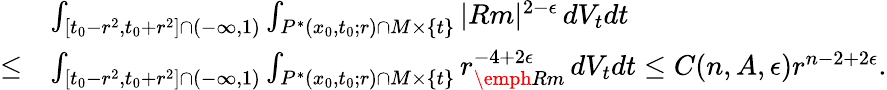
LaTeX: \begin{array}{rl}&{\int_{[t_{0}-r^{2},t_{0}+r^{2}]\cap(-\infty,1)}\int_{P^{*}(x_{0},t_{0};r)\cap M\times\{ t\} }|Rm|^{2-\epsilon}\, dV_{t}dt}\\ {\leq}&{\int_{[t_{0}-r^{2},t_{0}+r^{2}]\cap(-\infty,1)}\int_{P^{*}(x_{0},t_{0};r)\cap M\times\{ t\} }r_{\emph{Rm}}^{-4+2\epsilon}\, dV_{t}dt\leq C(n,A,\epsilon)r^{n-2+2\epsilon}.}\end{array}